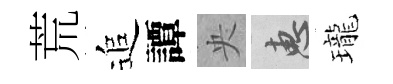
荒追譚央惠瓏